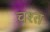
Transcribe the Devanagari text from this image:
चश्त